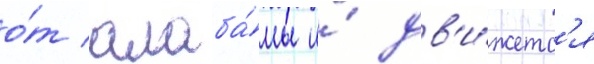
о́т алаба́мы и́ дв'и́жетс'я